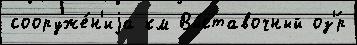
сооруже́н'иjа км Вы́ставочный оз'́р